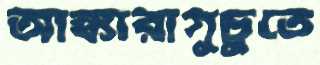
আঙ্কারাগুচুতে